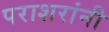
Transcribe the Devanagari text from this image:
पराशरांनी